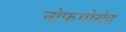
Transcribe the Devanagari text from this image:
नोफगोरोद